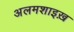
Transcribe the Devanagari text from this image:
अलमशाइख़